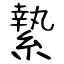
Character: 縶